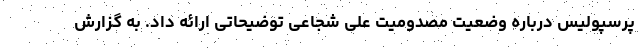
پرسپولیس درباره وضعیت مصدومیت علی شجاعی توضیحاتی ارائه داد. به گزارش